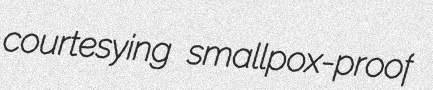
courtesying smallpox-proof